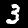
Digit: 3